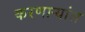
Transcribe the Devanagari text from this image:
करणाऱ्यांस